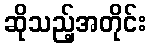
ဆိုသည့်အတိုင်း